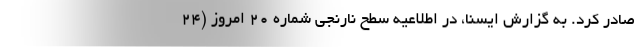
صادر کرد. به گزارش ایسنا، در اطلاعیه سطح نارنجی شماره ۲۰ امروز (۲۴